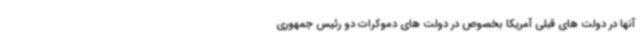
آنها در دولت های قبلی آمریکا بخصوص در دولت های دموکرات دو رئیس جمهوری